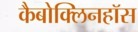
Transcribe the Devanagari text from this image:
कैबोक्लिनहॉस